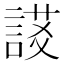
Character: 𧩃